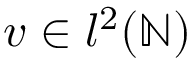
v \in l ^ { 2 } ( \mathbb { N } )